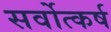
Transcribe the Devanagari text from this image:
सर्वोत्कर्ष